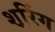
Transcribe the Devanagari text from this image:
श़रिंग